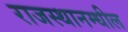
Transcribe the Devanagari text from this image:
राजस्थानम्धील